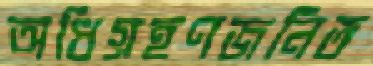
অধিগ্রহণজনিত